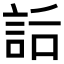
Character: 𧦶